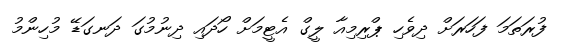
ފުރަތަމަ ފަހަރަށް ދިވެހި ޕްރިމިއާ ލީގް އެޓީމަށް ހޯދައި ދިނުމުގަ ދަނގަޑޭ މުހިންމު